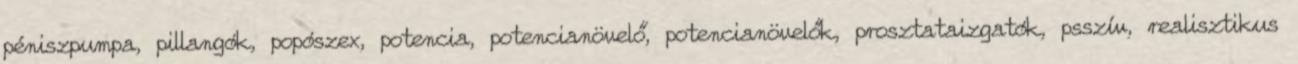
péniszpumpa, pillangók, popószex, potencia, potencianövelő, potencianövelők, prosztataizgatók, psszív, realisztikus